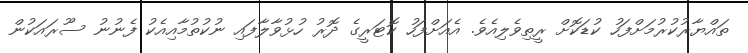
ތައްޔާރުކުރުމަށްފަހު ކުޑަކޮށް ރީތިވެލިއެވެ. އެއަށްފަހު ކޮޓަރީގެ ދޮރު ހުޅުވާލާފައި ނުކުތުމާއިއެކު ފެނުނު ސޫރައަކުން